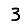
Digit: 3